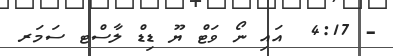
- 4:17  އައި ނޯ ވަޓް ޔޫ ޑިޑް ލާސްޓ ސަމަރ